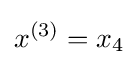
x^{(3)}=x_{4}